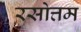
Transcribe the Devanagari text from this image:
रसोत्तम